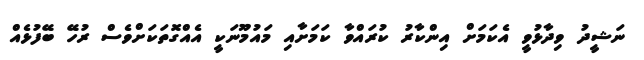
ނަޝީދު ވިދާޅުވީ އެކަމަށް އިންކާރު ކުރައްވާ ކަމަށާއި މައުމޫނަކީ އެއްގޮތަކަށްވެސް ރުހޭ ބޭފުޅެއް